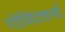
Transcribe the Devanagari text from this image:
गोविंदशर्मा